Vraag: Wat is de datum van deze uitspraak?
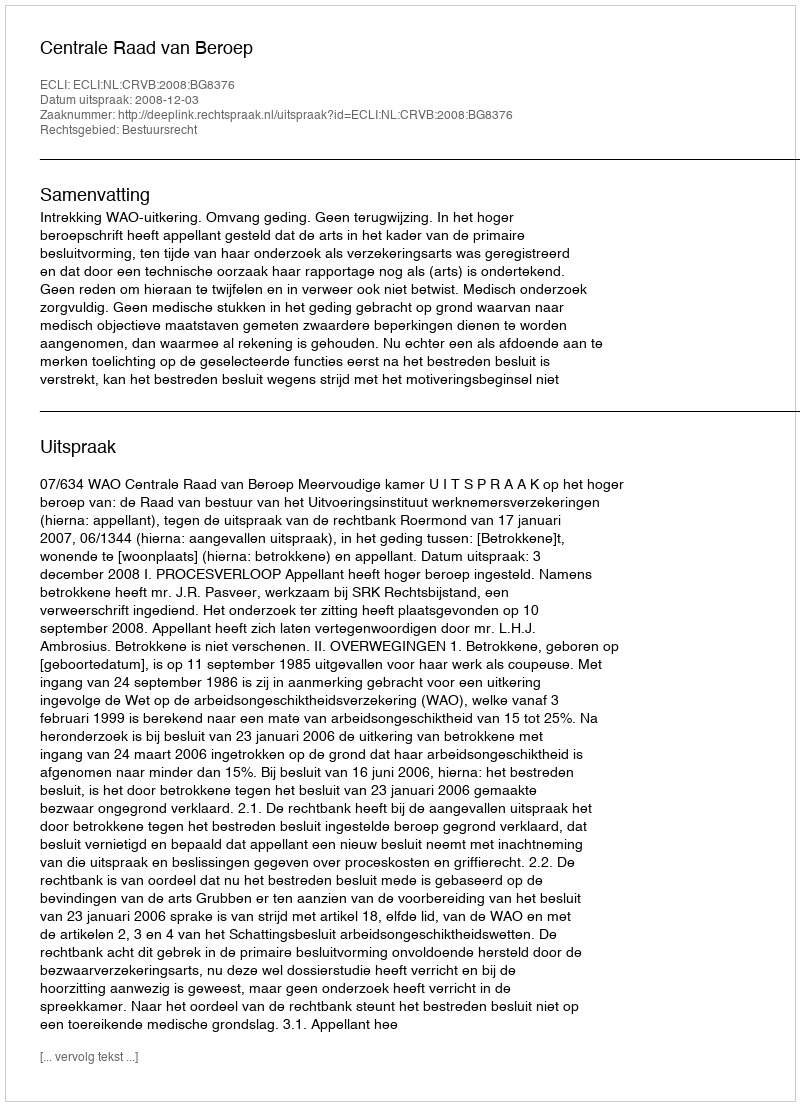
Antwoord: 2008-12-03